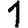
Digit: 1